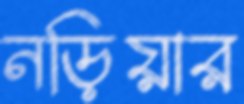
নড়িয়ার